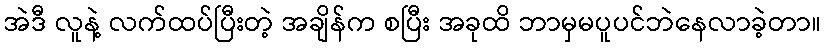
အဲဒီ လူနဲ့ လက်ထပ်ပြီးတဲ့ အချိန်က စပြီး အခုထိ ဘာမှမပူပင်ဘဲနေလာခဲ့တာ။